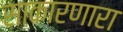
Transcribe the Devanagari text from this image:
साकारणारा